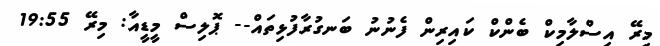
މިރޭ އިސްލާމިކް ބެންކް ކައިރިން ފެނުނު ބަނގުރާފުޅިތައް-- ޕޮލިސް މީޑީއާ: މިރޭ 19:55